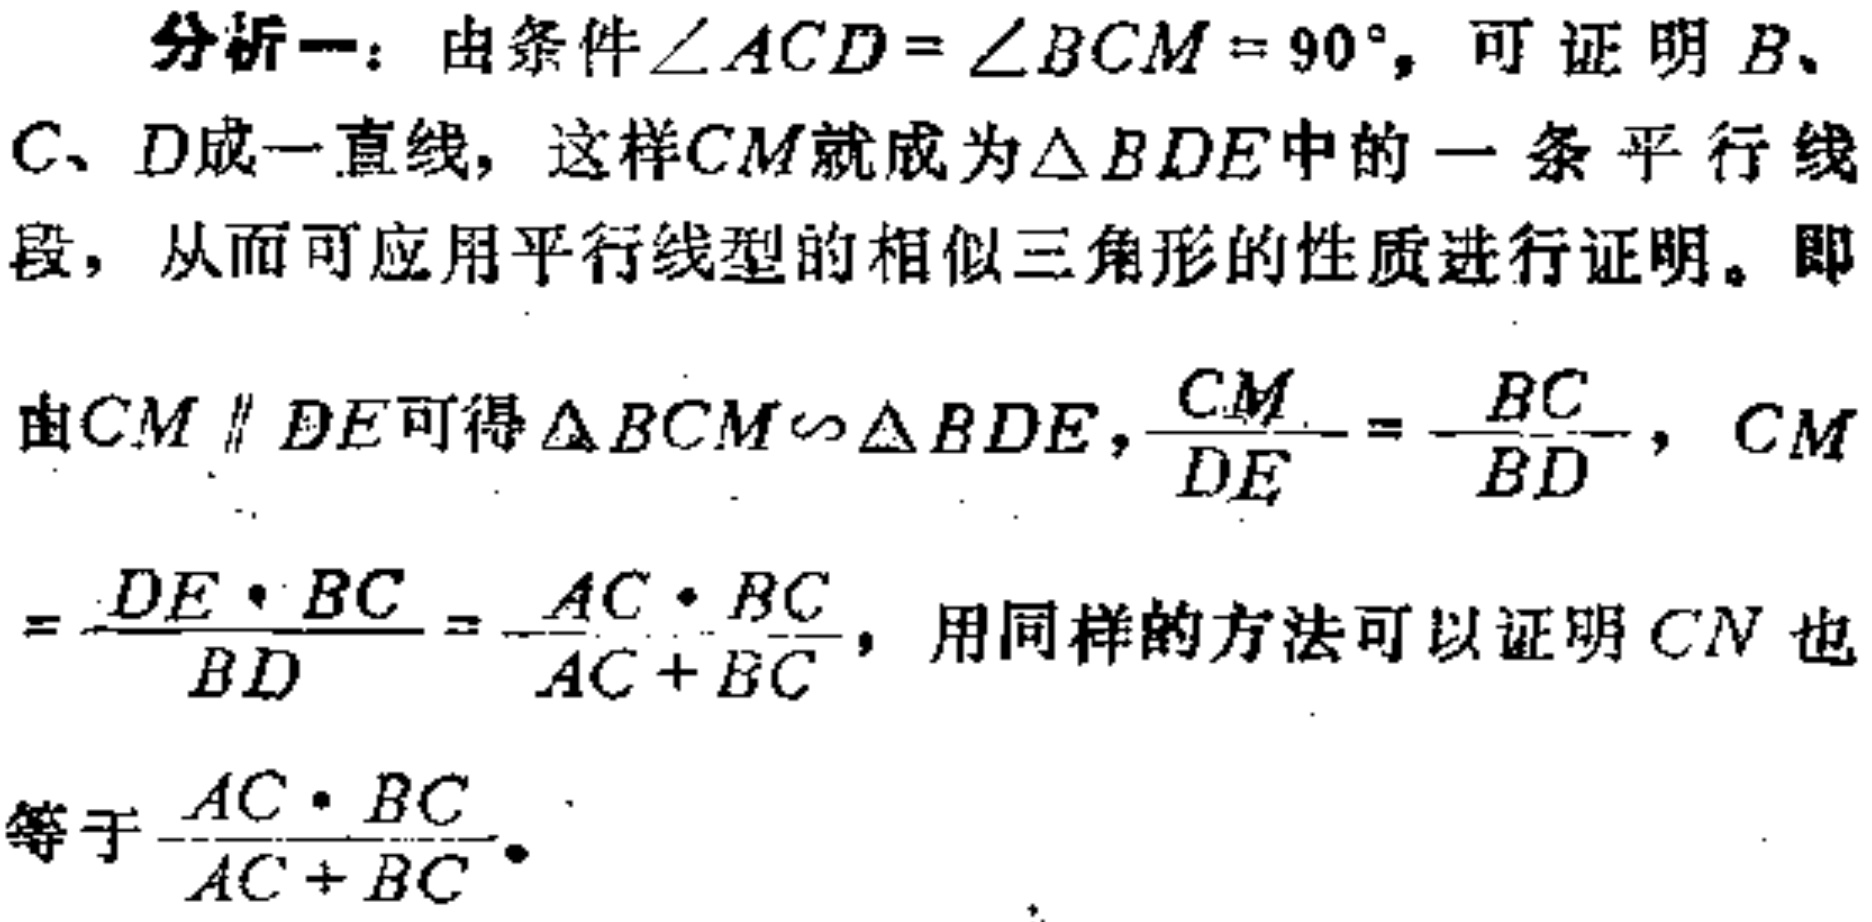
分析一：由条件\(\angle ACD = \angle BCM = 90^{\circ}\)，可证明\(B\)、\(C\)、\(D\)成一直线，这样\(CM\)就成为\(\triangle BDE\)中的一条平行线段，从而可应用平行线型的相似三角形的性质进行证明。即
由\(CM \parallel DE\)可得\(\triangle BCM\sim\triangle BDE\)，\(\frac{CM}{DE}=\frac{BC}{BD}\)，\(CM = \frac{DE\cdot BC}{BD}=\frac{AC\cdot BC}{AC + BC}\)，用同样的方法可以证明\(CN\)也
等于\(\frac{AC\cdot BC}{AC + BC}\)。